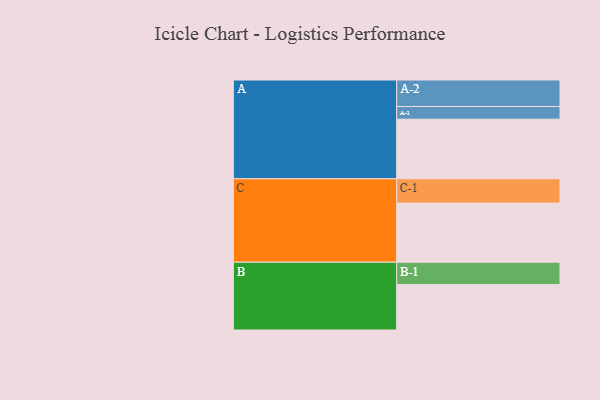
{"axis": {"x": "Segment", "y": "Value"}, "legend": ["", "A", "B", "C"], "data": [{"x": "A", "y": 592, "type": ""}, {"x": "B", "y": 451, "type": ""}, {"x": "C", "y": 587, "type": ""}, {"x": "A-1", "y": 126, "type": "A"}, {"x": "A-2", "y": 263, "type": "A"}, {"x": "B-1", "y": 222, "type": "B"}, {"x": "C-1", "y": 241, "type": "C"}]}